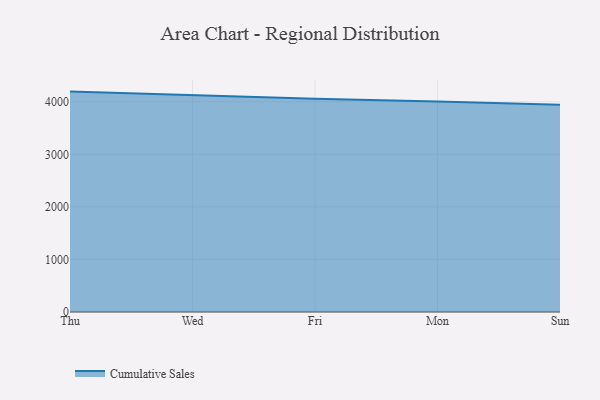
{"axis": {"x": "Day", "y": "Revenue (USD Million)"}, "legend": ["Cumulative Sales"], "data": [{"x": "Thu", "y": 4193.3, "type": "Cumulative Sales"}, {"x": "Wed", "y": 4123.0, "type": "Cumulative Sales"}, {"x": "Fri", "y": 4054.9, "type": "Cumulative Sales"}, {"x": "Mon", "y": 4006.1, "type": "Cumulative Sales"}, {"x": "Sun", "y": 3941.8, "type": "Cumulative Sales"}]}